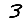
Digit: 3